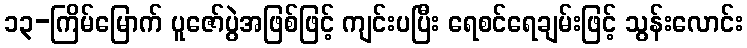
၁၃-ကြိမ်မြောက် ပူဇော်ပွဲအဖြစ်ဖြင့် ကျင်းပပြီး ရေစင်ရေချမ်းဖြင့် သွန်းလောင်း